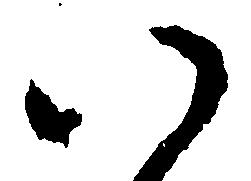
い